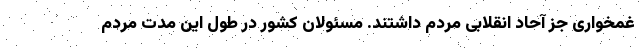
غمخواری جز آحاد انقلابی مردم داشتند. مسئولان کشور در طول این مدت مردم